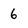
Character: 6